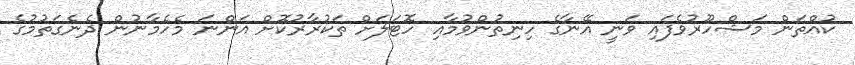
ކުއްތަން މަޝްހޫރުވެފައި ވަނީ އޭނާގެ ހިނިތުންވުމާއި ހޮޓަލަށް ތަކުރާރުކޮށް އަންނަ މެހެމާނުން ދެނެގަތުމުގެ